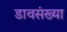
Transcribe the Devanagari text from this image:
डावसंख्या